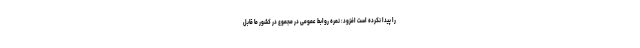
را پیدا نکرده است افزود: نمره روابط عمومی در مجموع در کشور ما قابل